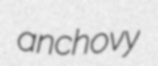
anchovy